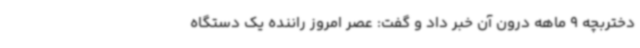
دختربچه 9 ماهه درون آن خبر داد و گفت: عصر امروز راننده یک دستگاه